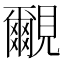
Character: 覼